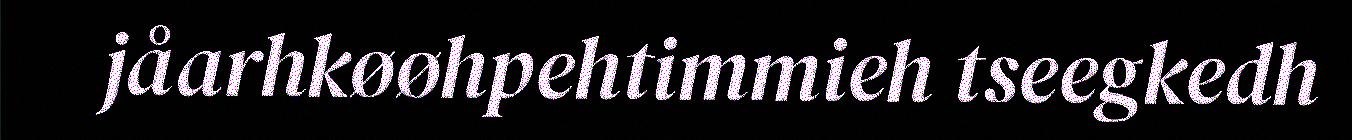
jåarhkøøhpehtimmieh tseegkedh